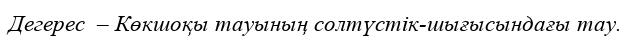
Дегерес  – Көкшоқы тауының солтүстік-шығысындағы тау.